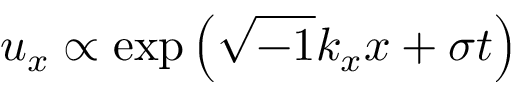
u _ { x } \propto \exp \left( { \sqrt { - 1 } k _ { x } x + \sigma t } \right)